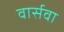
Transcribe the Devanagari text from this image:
वार्सवा